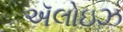
ઍલોઇઝ